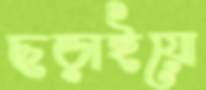
ছড়াইয়ো